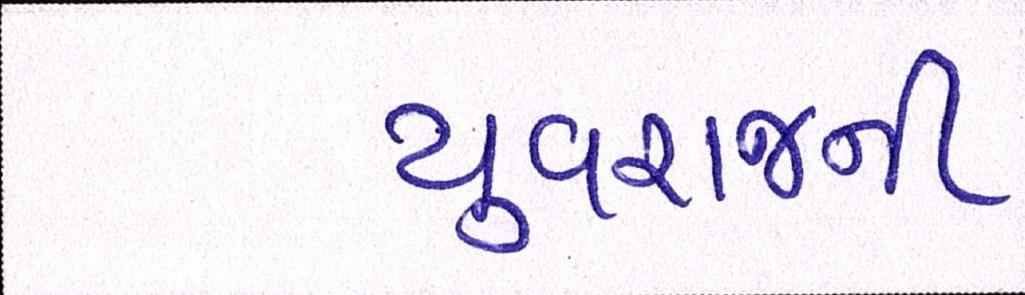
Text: યુવરાજની